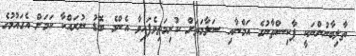
ތާލިބާނުންނަކީ ޕާކިސްތާނުގެ އަމްނާއި ސަލާމަތަށް ކުރިމަތިވެފައިވާ އެންމެ ބޮޑު ނުރައްކާ ކަމަށް އެގައުމުގެ